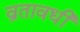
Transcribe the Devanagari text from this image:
व्रतावधी